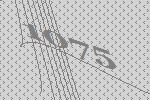
1075